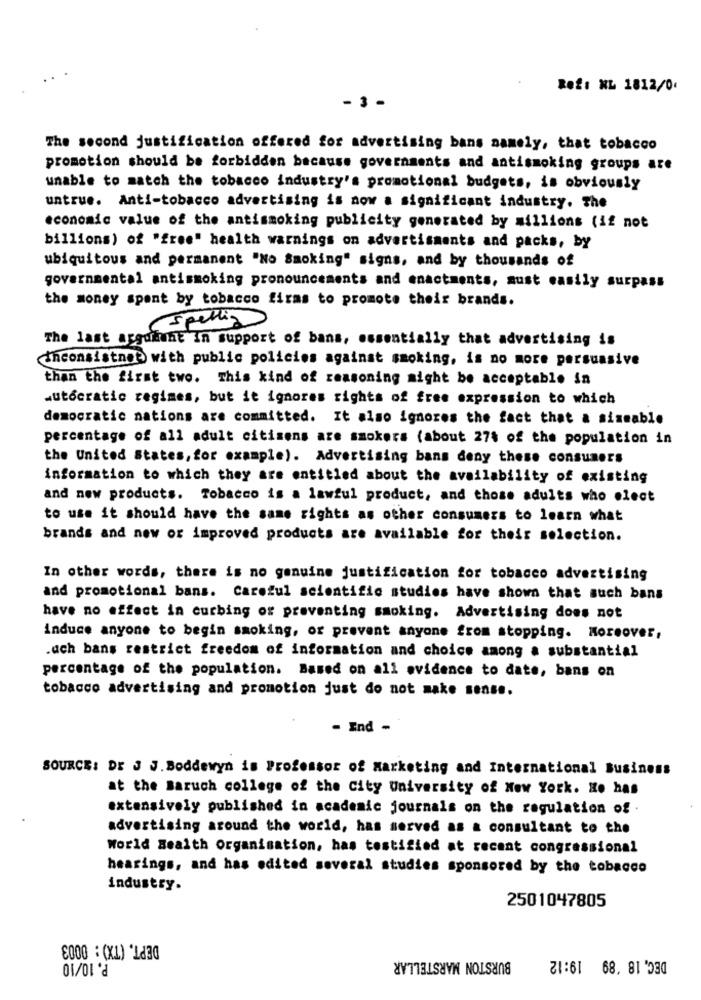
Ref: NL 1812/0.
- 3 -
The second justification offered for advertising bans namely, that tobacco
promotion should be forbidden because governments and antismoking groups are
unable to match the tobacco industry's promotional budgets, is obviously
untrue. Anti-tobacco advertising is now a significant industry. The
economic value of the antismoking publicity generated by millions (if not
billions) of "free" health warnings on advertisments and packs, by
ubiquitous and permanent "No Smoking" signs, and by thousands of
governmental antismoking pronouncements and enactments, aust easily surpass
the money spent by tobacco firms to promote their brands.
(Spellia)
The last arguiuht In support of bans, essentially that advertising is
ihconsistnet with public policies against smoking, is no more persuasive
than the first two. This kind of reasoning might be acceptable in
autocratic regimes, but it ignores rights of free expression to which
democratic nations are committed. It also ignores the fact that a sismable
percentage of all adult citizens are smokers (about 27% of the population in
the United States, for example). Advertising bans deny these consumers
information to which they are entitled about the availability of existing
and new products. Tobacco is a lawful product, and those adults who elect
to use it should have the same rights as other consumers to learn what
brands and new or improved products are available for their selection.
In other words, there is no genuine justification for tobacco advertising
and promotional bans. Careful scientific studies have shown that such bans
have no effect in curbing or preventing smoking. Advertising does not
induce anyone to begin smoking, or prevent anyone from stopping. Moreover,
.ach bans restrict freedom of information and choice among a substantial
percentage of the population. Based on all evidence to date, bans on
tobacco advertising and promotion just do not make sense.
- Ind -
SOURCE: DE J J. Boddewyn is Professor of Marketing and International Business
at the Baruch college of the City University of New York. Ho has
extensively published in academic journals on the regulation of .
advertising around the world, has served as a consultant to the
World Health Organisation, has testified at recent congressional
hearings, and has edited several studies sponsored by the tobacco
industry.
2501047805
DEPT. (TX) : 0003
BURSTON MARSTELLAR
P. 10/10